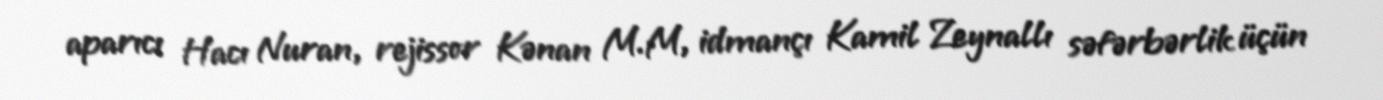
aparıcı Hacı Nuran, rejissor Kənan M.M, idmançı Kamil Zeynallı səfərbərlik üçün